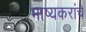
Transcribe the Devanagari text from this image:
भाष्यकरांचे